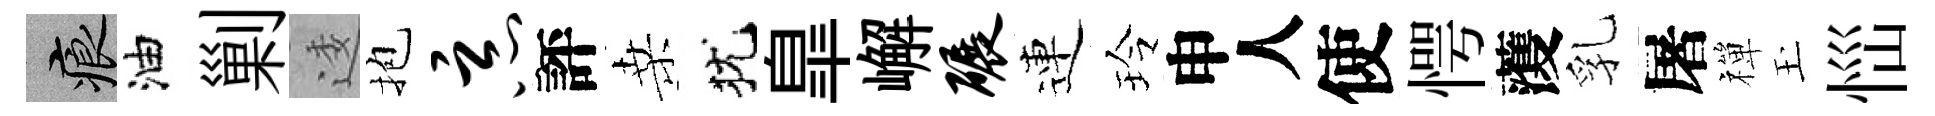
痕油剿逶抱恶評桑犹臯嶰碾連玲申人使愕𮑮乳屠禪玉𢙉